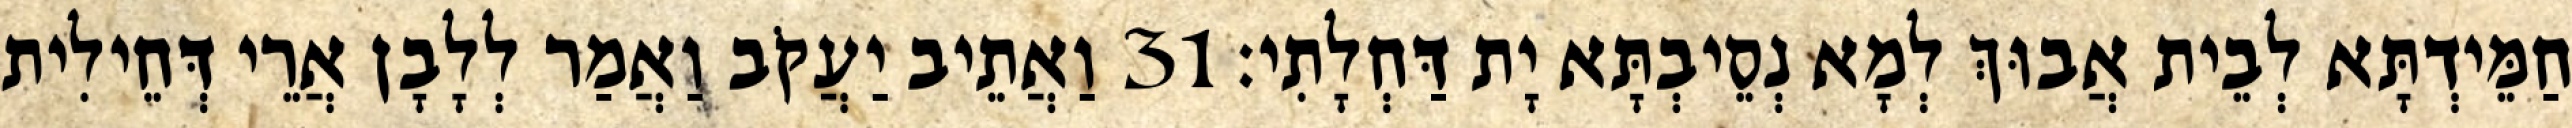
חַמֵּידְתָּא לְבֵית אֲבוּךְ לְמָא נְסֵיבְתָּא יָת דַּחְלָתִי׃ 31 וַאֲתֵיב יַעֲקֹב וַאֲמַר לְלָבָן אֲרֵי דְּחֵילִית